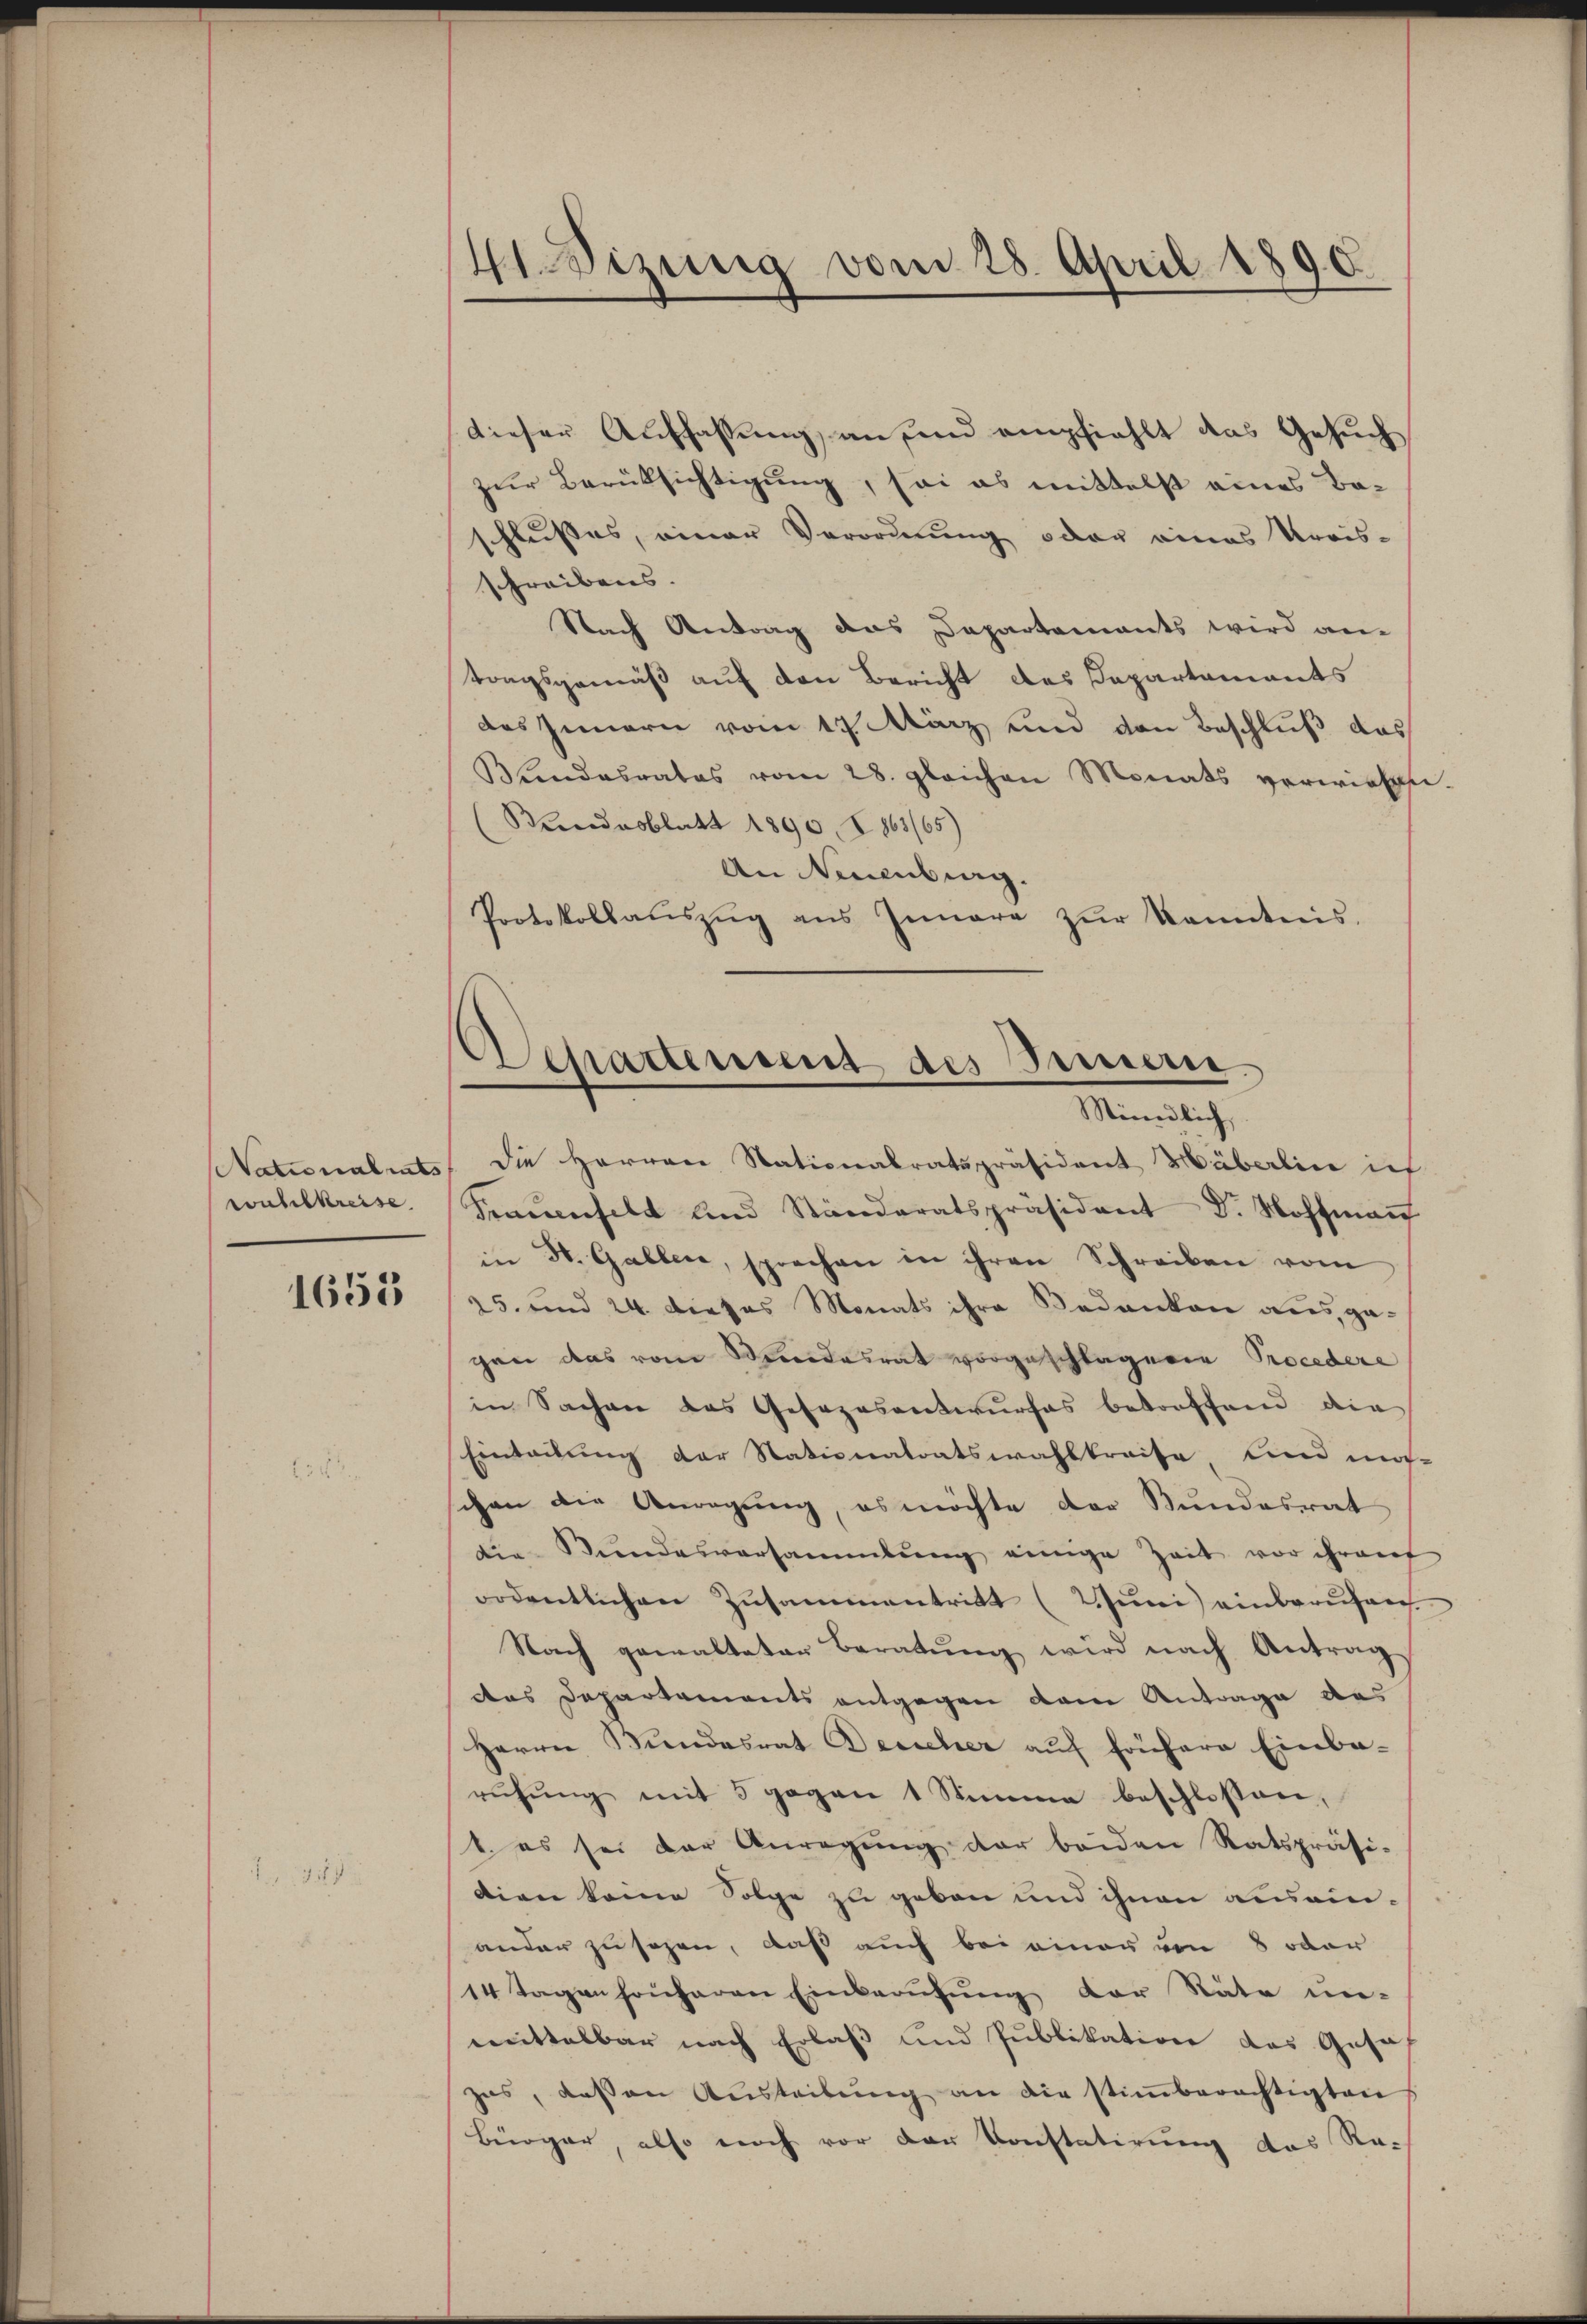
wahlkreise.

1655

dieser Auffassung, an und empfiehlt das Gesuch
zur Berüksichtigung, sei es mittelst eines Beschlußes, einer Verordnung oder eines Kreis-
schreibens.
Nach Antrag das Dapartements wird an-
tragsgemäß auf den Bericht des Departements
des Innern vom 17. März und von Beschluß das
Bundesrates vom 28. gleichen Monats verwiesen-
(Bundesblatt 1890. 2863/65)
An Neuenburg.
Protokollaŭszŭg ans Innere zŭr kanntnis.

41. Sizung vom 28. April 1890.

Separtenseit des Sinnen.
Stündlich,

Nationalrats die Herren Nationalratspräsident Häberlin ich
Semesselt und Standeratspräsident Dr. Hoffmaṅ
in St. Gallen, sprechen in ihren Schreiben vom
25. und 24. Dieses Monats ihre Bedanken aus, gegen das vom Mindesrat vorgeschlagene Procedere
in Sachen das Gesezesentwurfes betreffend die
Einteilung der Nationatoatswahlkreise und mo-
chen die Anregung, es möchte der Bundesrat
die Stŭndesversammlung einige Zeit vor ihrauf
ordentlichen Zusammentritt (2. Juni einberufen
Nach gewalteter Beratŭng wird nach Antrag
das Departements entgegen dem Antrage des
Herrn Kindesrat Desicher aŭf frühere Einba-
rŭhŭng mit 5 gegen 1 Stimme beschlossen,
1. es sei der Anregung der beiden Ratspräsi-
dien keine Folge zu geben und ihnen ausamander zu sagen, daß auch bei einer von 8 oder
14 Tagen fonharen Einberufung der Räte un-
mittelbar nach Erlaß und Publikation das Gesch
zes, dessen Aŭsteilŭng an die stiṁberechtigten
Bürger, also noch vor der Konstatirung des Rach